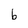
Character: b